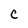
Character: C